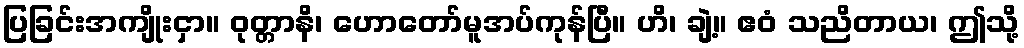
ပြခြင်းအကျိုးငှာ။ ဝုတ္တာနိ၊ ဟောတော်မူအပ်ကုန်ပြီ။ ဟိ၊ ချဲ့။ ဧဝံ သညိတာယ၊ ဤသို့